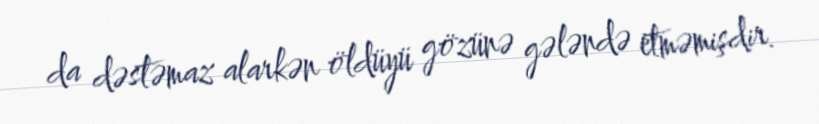
da dəstəmaz alarkən öldüyü gözünə gələndə etməmişdir.